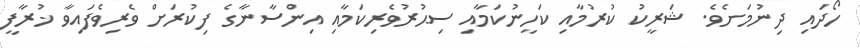
ހޯދައި ދިނުމަށެވެ. ޝަރީކު ކުރުމާއި ކަހީނުކަމާއި ސިޙުރުވެރިކަމާއި އިންސާނާގެ ފިކުރަށް ވެރިވެފައިވާ ޚުރާފީ